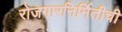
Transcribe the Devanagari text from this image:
रोजगारनिर्मितीची